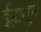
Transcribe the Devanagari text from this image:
ईहामून